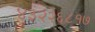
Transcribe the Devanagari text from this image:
४३२२६८१७